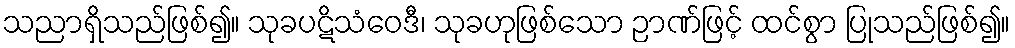
သညာရှိသည်ဖြစ်၍။ သုခပဋိသံဝေဒီ၊ သုခဟုဖြစ်သော ဉာဏ်ဖြင့် ထင်စွာ ပြုသည်ဖြစ်၍။